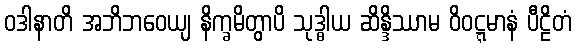
ဝဒါနာတိ အဘိဘဝေယျ နိက္ခမိတွာပိ သုဒ္ဓါယ ဆိန္ဒိဿာမ ဝိဝဋ္ဋမာနံ ပီဠိတံ